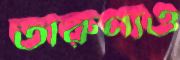
তারুণ্যও